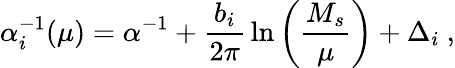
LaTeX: \alpha_{i}^{-1}(\mu)=\alpha^{-1}+{\frac{b_{i}}{2\pi}}\ln\left({\frac{M_{s}}{\mu}}\right)+\Delta_{i}~,